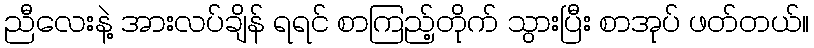
ညီလေးနဲ့ အားလပ်ချိန် ရရင် စာကြည့်တိုက် သွားပြီး စာအုပ် ဖတ်တယ်။